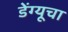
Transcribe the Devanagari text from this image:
डेंग्यूचा